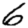
Digit: 6